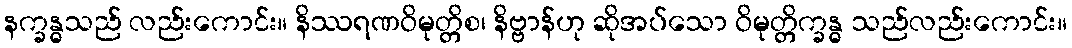
နက္ခန္ဓသည် လည်းကောင်း။ နိဿရဏဝိမုတ္တိစ၊ နိဗ္ဗာန်ဟု ဆိုအပ်သော ဝိမုတ္တိက္ခန္ဓ သည်လည်းကောင်း။